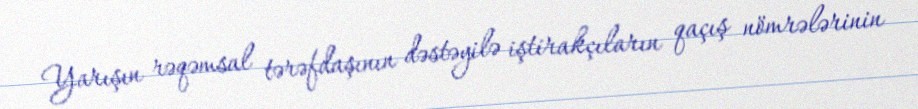
Yarışın rəqəmsal tərəfdaşının dəstəyilə iştirakçıların qaçış nömrələrinin